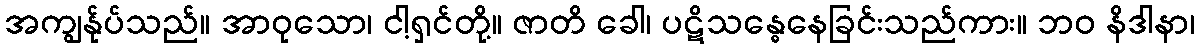
အကျွန်ုပ်သည်။ အာဝုသော၊ ငါ့ရှင်တို့။ ဇာတိ ခေါ၊ ပဋိသန္ဓေနေခြင်းသည်ကား။ ဘဝ နိဒါနာ၊